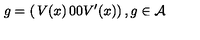
g = \left( \begin{matrix} { V ( x ) } & { 0 } \\ { 0 } & { V ^ { \prime } ( x ) } \\ \end{matrix} \right) , g \in { \cal A }